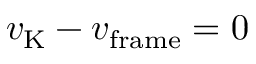
v _ { \mathrm { K } } - v _ { \mathrm { f r a m e } } = 0